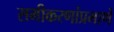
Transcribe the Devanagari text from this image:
समीकरणांप्रमाणे